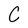
Character: C